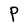
Character: P